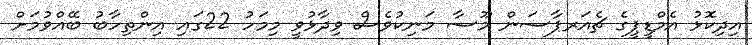
އިދިކޮޅު އެމްޑީޕީގެ ޗެއަރޕާސަން މޫސާ މަނިކުވެސް ވިދާޅުވީ މިމަހު 22ގައި އިންތިހާބު ބޭއްވުމަށް